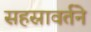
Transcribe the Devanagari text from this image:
सहस्रावर्तने